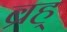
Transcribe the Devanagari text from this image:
ब्रह्